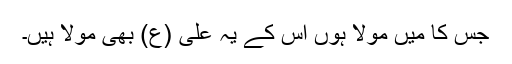
جس کا میں مولا ہوں اس کے یہ علی (ع) بھی مولا ہیں۔